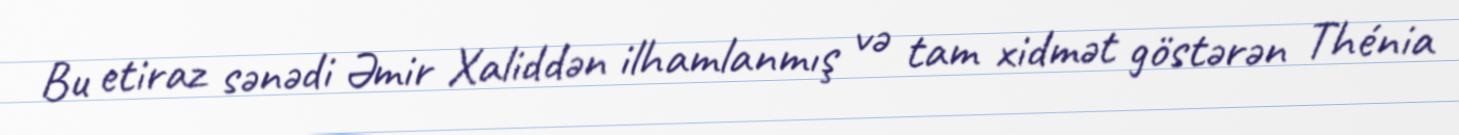
Bu etiraz sənədi Əmir Xaliddən ilhamlanmış və tam xidmət göstərən Thénia